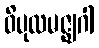
ဝိပုလမဇ္ဈဂါ